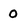
Character: 0